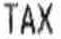
TAX